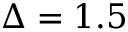
\Delta = 1 . 5